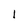
Character: 1